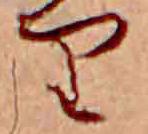
り